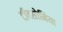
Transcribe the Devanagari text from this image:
टॉक्सोमिया